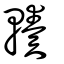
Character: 輳